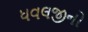
ધવલજીનો